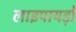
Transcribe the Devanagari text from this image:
लाइपायड़ों